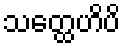
သတ္ထေဟိပိ